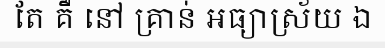
តែ គឺ នៅ គ្រាន់ អធ្យាស្រ័យ ឯ